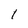
Character: 1